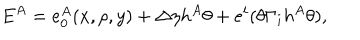
LaTeX: E ^ { A } = e _ { 0 } ^ { A } ( x , \rho , y ) + \Delta \eta h ^ { A } \theta + e ^ { i } ( \theta \Gamma _ { i } h ^ { A } \theta ) ,